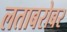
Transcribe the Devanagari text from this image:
लताबरोबर